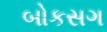
બોકસગ